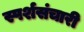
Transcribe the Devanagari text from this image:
स्पर्शसंचारी